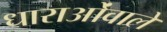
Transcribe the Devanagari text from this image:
धाराओंवाले